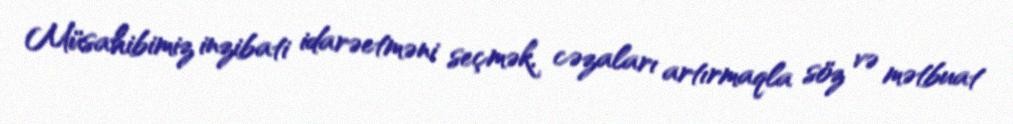
Müsahibimiz inzibati idarəetməni seçmək, cəzaları artırmaqla söz və mətbuat